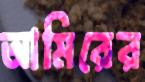
আমিরের